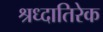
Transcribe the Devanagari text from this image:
श्रध्दातिरेक